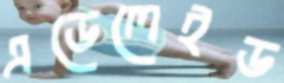
এডেলেইড